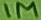
Text: 1M